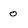
Character: o